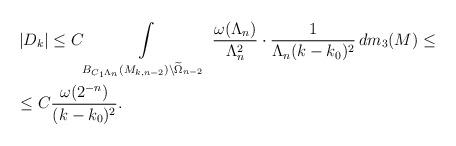
LaTeX: \begin{align*}&\left| D_k\right|\leq C\int\limits_{B_{C_1\Lambda_n} (M_{k,n-2})\setminus\widetilde{\Omega}_{n-2}}\,\frac{\omega(\Lambda_{n})}{\Lambda^{2}_{n}}\cdot\frac{1}{\Lambda_n (k-k_0)^2}\, dm_3(M)\leq\\&\leq C\frac{\omega (2^{-n})}{(k-k_0)^2}.\end{align*}